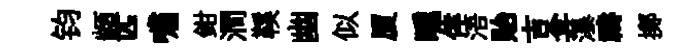
钧顓匹嘯鉗澗鞵幽似厦曛倖浯貽吉弇瀑禱擲